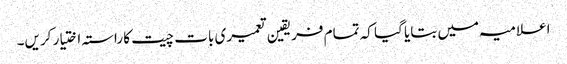
اعلامیہ میں بتایا گیا کہ تمام فریقین تعمیری بات چیت کا راستہ اختیار کریں۔